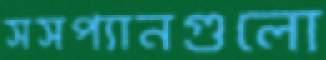
সসপ্যানগুলো